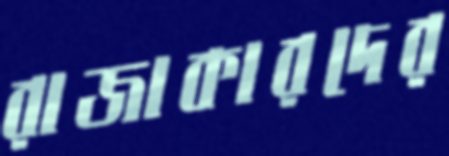
রাজাকারদের